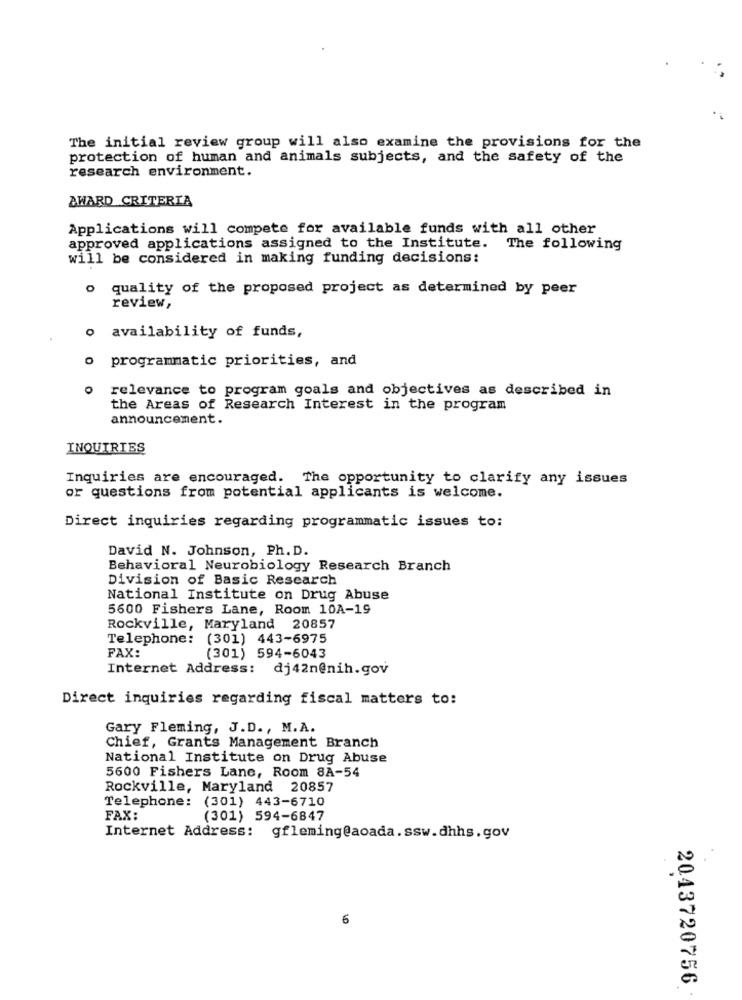
The initial review group will also examine the provisions for the
protection of human and animals subjects, and the safety of the
research environment.
AWARD CRITERIA
Applications will compete for available funds with all other
approved applications assigned to the Institute. The following
will be considered in making funding decisions:
quality of the proposed project as determined by peer
review,
o availability of funds,
programmatic priorities, and
0
relevance to program goals and objectives as described in
the Areas of Research Interest in the program
announcement.
INQUIRIES
Inquiries are encouraged. The opportunity to clarify any issues
or questions from potential applicants is welcome.
Direct inquiries regarding programmatic issues to:
David N. Johnson, Ph. D.
Behavioral Neurobiology Research Branch
Division of Basic Rescarch
National Institute on Drug Abuse
5600 Fishers Lane, Room 10A-19
Rockville, Maryland 20857
Telephone: (301) 443-6975
FAX:
(301) 594-6043
Internet Address: dj42n@nih.gov
Direct inquiries regarding fiscal matters to:
Gary Fleming, J.D ., M.A.
Chief, Grants Management Branch
National Institute on Drug Abuse
5600 Fishers Lane, Room 8A-54
Rockville, Maryland 20857
Telephone: (301) 443-6710
FAX:
(301) 594-6847
Internet Address: gfleming@aoada.ssw.dhhs.gov
6
2043720756